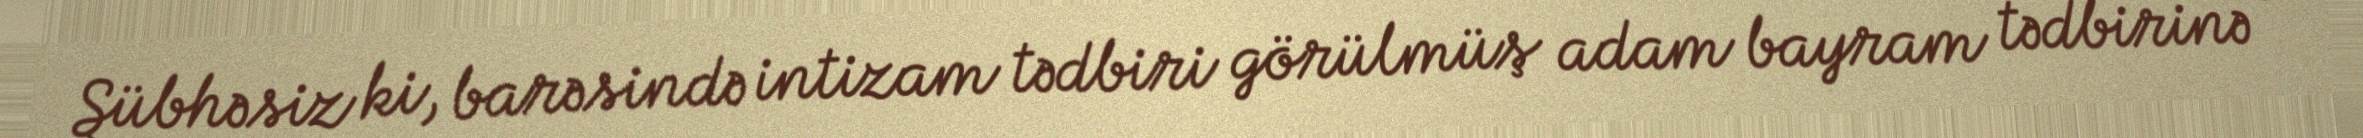
Şübhəsiz ki, barəsində intizam tədbiri görülmüş adam bayram tədbirinə -